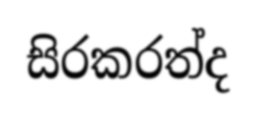
සිරකරත්ද